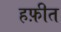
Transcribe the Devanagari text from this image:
हफ़ीत